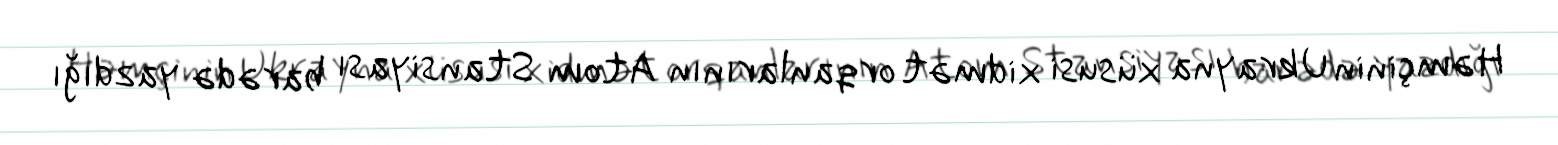
Həmçinin Ukrayna xüsusi xidmət orqanlarının Atom Stansiyası barədə yazdığı